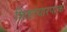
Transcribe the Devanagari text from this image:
शिष्टाचारपरक